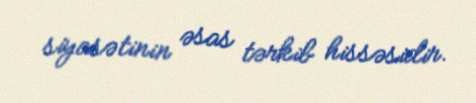
siyasətinin əsas tərkib hissəsidir.